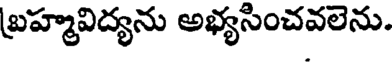
బ్రహ్మవిద్యను అభ్యసించవలెను.